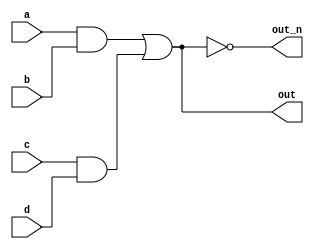
module top_module(
    input a,
    input b,
    input c,
    input d,
    output out,
    output out_n   
); 
// 
  wire and_1, and_2;
  assign and_1 = a & b;
  assign and_2 = c & d;
  
  wire or_out;
  assign or_out = and_1 | and_2;
  
  assign out_n = !or_out;
  assign out = or_out;
  
//
endmodule